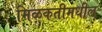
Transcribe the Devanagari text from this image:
मिळकतीमधील